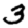
Digit: 3